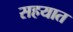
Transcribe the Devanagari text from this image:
सहयात